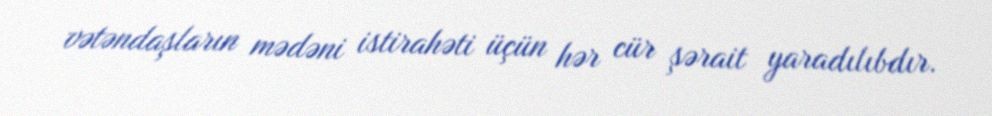
vətəndaşların mədəni istirahəti üçün hər cür şərait yaradılıbdır.